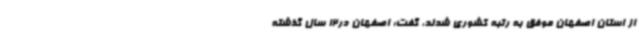
از استان اصفهان موفق به رتبه کشوری شدند، گفت: اصفهان در12 سال گذشته